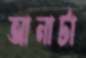
আনাটা